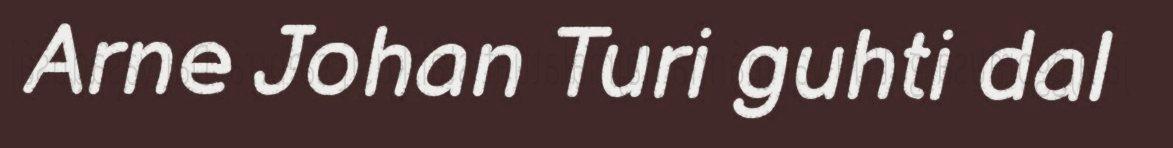
Arne Johan Turi guhti dal